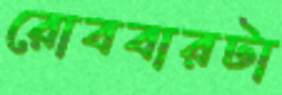
রোববারটা